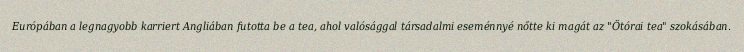
Európában a legnagyobb karriert Angliában futotta be a tea, ahol valósággal társadalmi eseménnyé nőtte ki magát az "Ötórai tea" szokásában.